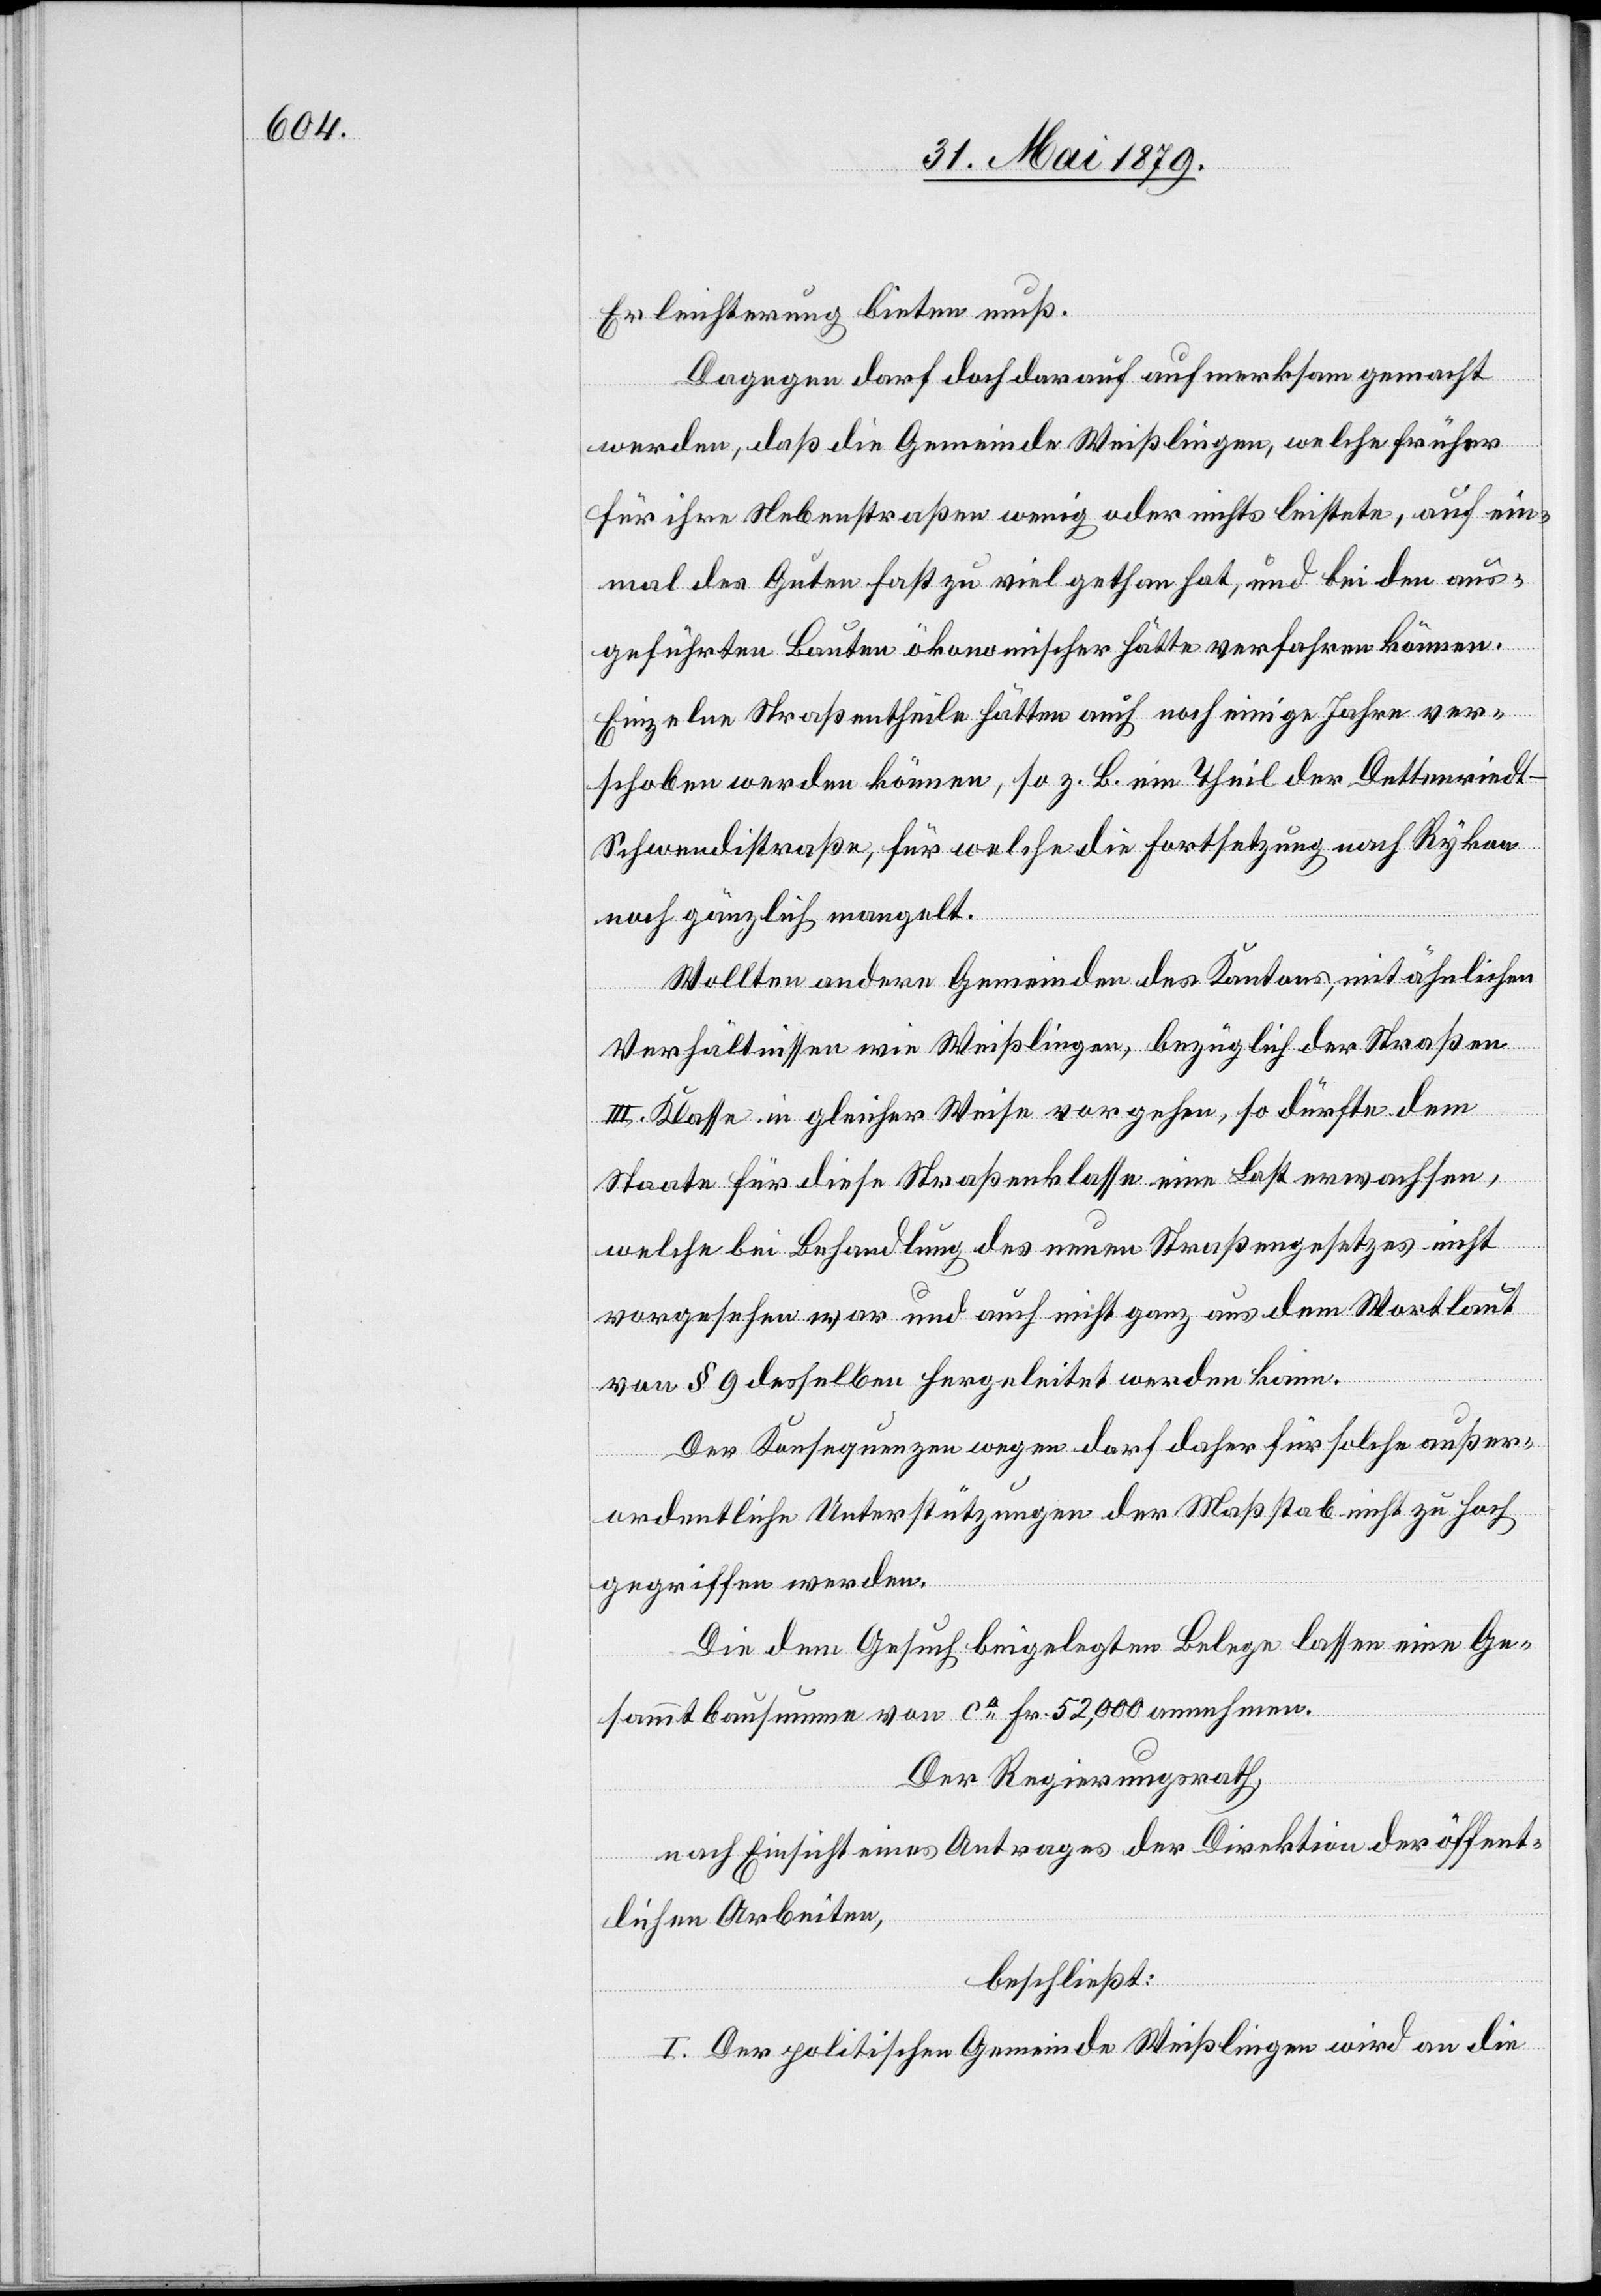
Erleichterung bieten muß.
Dagegen darf doch darauf aufmerksam gemacht
werden, daß die Gemeinde Weißlingen, welche früher
für ihre Nebenstraßen wenig oder nichts leistete, auf ein¬
mal des Guten fast zu viel gethan hat, und bei den aus¬
geführten Bauten ökonomischer hätte verfahren können.
Einzelne Straßentheile hätten auch noch einige Jahre ver¬
schoben werden können, so z. B. ein Theil der Dettenried¬
t–Schwendistraße, für welche die Fortsetzung nach Rykon
noch gänzlich mangelt.
Wollten andere Gemeinden des Kantons, mit ähnlichen
Verhältnissen wie Weißlingen, bezüglich der Straßen
III. Klasse in gleicher Weise vorgehen, so dürfte dem
Staate für diese Straßenklasse eine Last erwachsen,
welche bei Behandlung des neuen Straßengesetzes nicht
vorgesehen war und auch nicht ganz aus dem Wortlaut
von § 9 desselben hergeleitet werden kann.
Der Konsequenzen wegen darf daher für solche außer¬
ordentliche Unterstützungen der Maßstab nicht zu hoch
gegriffen werden.
Die dem Gesuch beigelegten Belege lassen eine Ge¬
sammtbausumme von ca Fr. 52,000 annehmen.
Der Regierungsrath,
nach Einsicht eines Antrages der Direktion der öffent¬
lichen Arbeiten,
beschließt:
I. Der politische Gemeinde Weißlingen wird an die